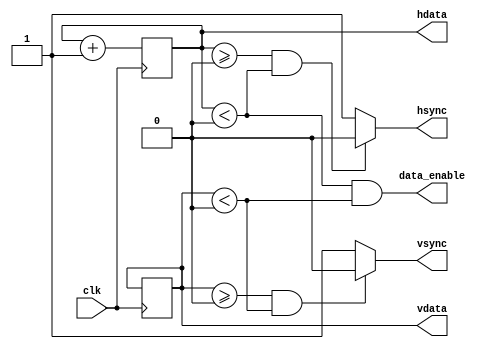
module vga
#(parameter WIDTH = 0, HSIZE = 0, HFP = 0, HSP = 0, HMAX = 0, VSIZE = 0, VFP = 0, VSP = 0, VMAX = 0, HSPP = 0, VSPP = 0)
(
    input clk,
    output wire hsync,
    output wire vsync,
    output reg [WIDTH - 1:0] hdata,
    output reg [WIDTH - 1:0] vdata,
    output wire data_enable
);

// init
initial begin
    hdata <= 0;
    vdata <= 0;
end

// hdata
always @ (posedge clk)
begin
    if (hdata == (HMAX - 1))
        hdata <= 0;
    else
        hdata <= hdata + 1;
end

// vdata
always @ (posedge clk)
begin
    if (hdata == (HMAX - 1)) 
    begin
        if (vdata == (VMAX - 1))
            vdata <= 0;
        else
            vdata <= vdata + 1;
    end
end

// hsync & vsync & blank
assign hsync = ((hdata >= HFP) && (hdata < HSP)) ? HSPP : !HSPP;
assign vsync = ((vdata >= VFP) && (vdata < VSP)) ? VSPP : !VSPP;
assign data_enable = ((hdata < HSIZE) & (vdata < VSIZE));

endmodule